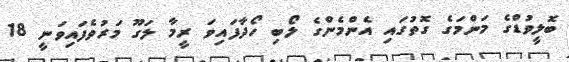
ބޮލީވުޑްގެ މަންމަގެ ގޮތުގައި އެންމެންގެ ލޯބި ހޯދާފައިވަ ރީމާ ލަގޫ މަރުވެފައިވަނީ 18